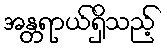
အန္တရာယ်ရှိသည့်